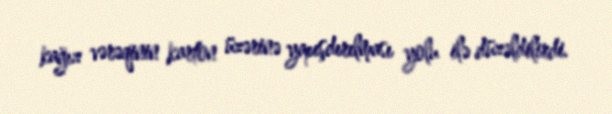
kağız vərəqinin karton üzərinə yapışdırılması yolu ilə düzəldilirdi.